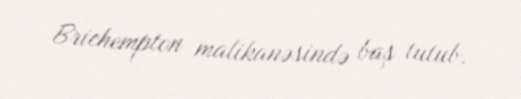
Brichempton malikanəsində baş tutub.